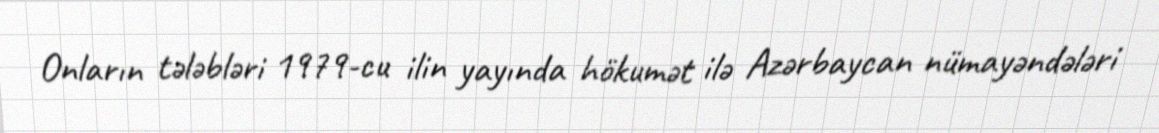
Onların tələbləri 1979-cu ilin yayında hökumət ilə Azərbaycan nümayəndələri